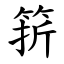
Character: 䇽